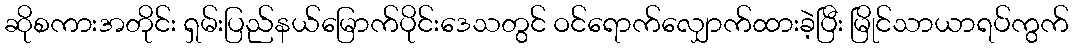
ဆိုစကားအတိုင်း ရှမ်းပြည်နယ်မြောက်ပိုင်းဒေသတွင် ဝင်ရောက်လျှောက်ထားခဲ့ပြီး မြိုင်သာယာရပ်ကွက်